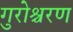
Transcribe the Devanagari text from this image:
गुरोश्चरण